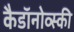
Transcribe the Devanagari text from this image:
कैडाॅनोव्स्की